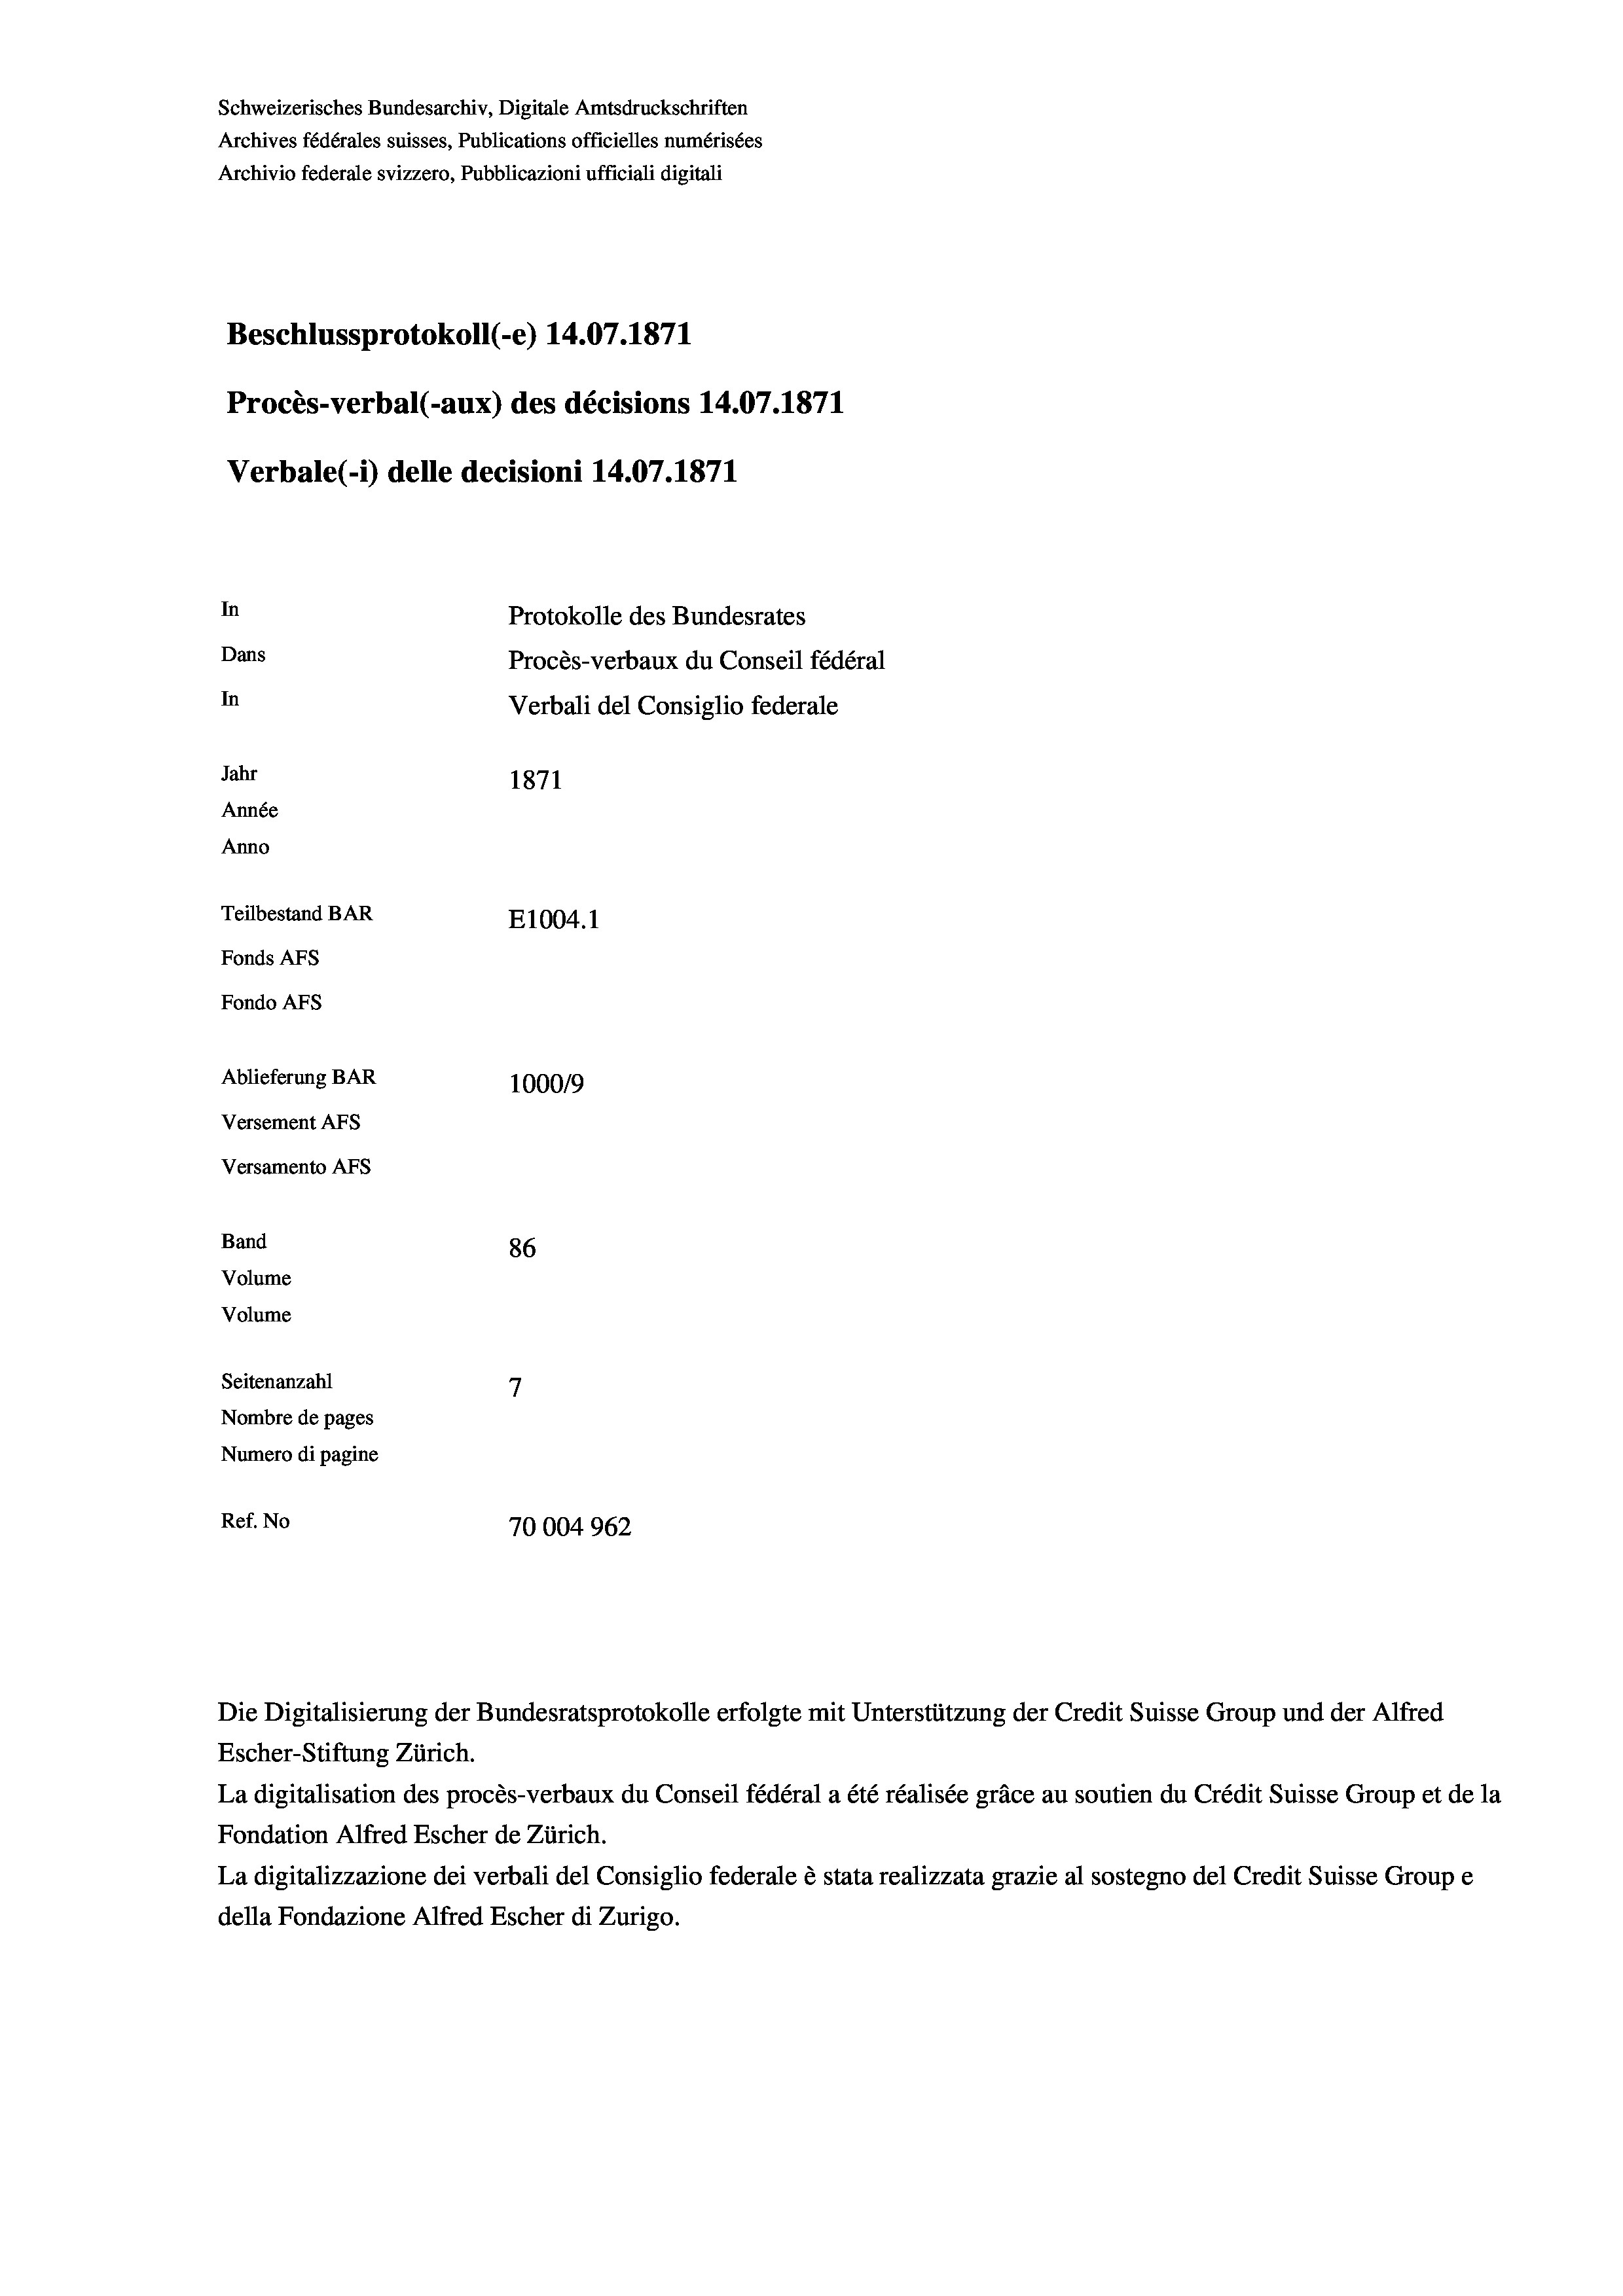
Schweizerisches Bundesarchiv, Digitale Amtsdruckschriften
Archives fédérales suisses, Publications officielles numérisées
Archivio federale svizzero, Pubblicazioni ufficiali digitali
Beschlussprotokoll (-e) 14.07. 1871
Procès-verbal (-aux) des décisions 14.07.1871
Verbale (-*) delle decisioni 14.07. 1871
In
Protokolle des Bundesrates
Dans
Procès-verbaux du Conseil fédéral
In
Verbali del Consiglio federale
Jahr
1871
Année
Anno
Teilbestand BAR
E1004. 1
Fonds Afs
Fondo AFs
Ablieferung BAR
100019
Versement AFS
Versamento Afs
Band
86
Volume
Volume
7
Seitenanzahl
Nombre de pages
Numero di pagine
Ref. No
70004962

Die Digitalisierung der Bundesratsprotokolle erfolgte mit Unterstützung der Credit Suisse Group und der Alfred
Escher-Stiftung Zürich.
La digitalisation des procès-verbaux du Conseil fédéral a été réalisée gräce au soutien du Crédit Suisse Group et de la
Fondation Alfred Escher de Zürich.
La digitalizzazione dei verbali del Consiglio federale è stata realizzata grazie al sostegno del Credit Suisse Groupe
della Fondazione Alfred Escher di Zurigo.